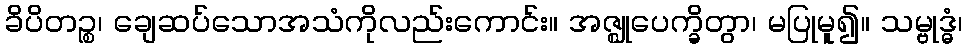
ခိပိတဉ္စ၊ ချေဆပ်သောအသံကိုလည်းကောင်း။ အဇ္ဈုပေက္ခိတွာ၊ မပြုမူ၍။ သမ္ဗုဒ္ဓံ၊